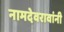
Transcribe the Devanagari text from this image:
नामदेवरावांनी